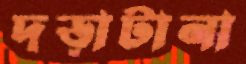
দড়াটানা